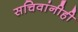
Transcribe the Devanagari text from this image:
सचिवांनीही